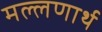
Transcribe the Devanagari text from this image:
मल्लणार्थ